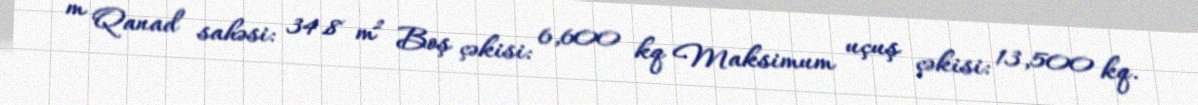
m Qanad sahəsi: 34.8 m² Boş çəkisi: 6,600 kq Maksimum uçuş çəkisi: 13,500 kq.